Vaccination in Bombay 1863-1868 - 1863-1868
Year: 1863
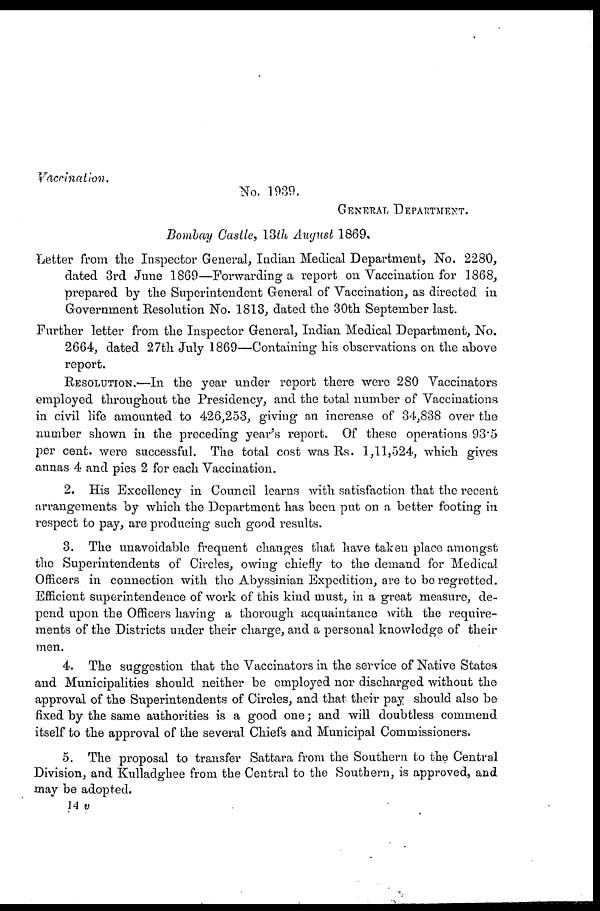
Vaccination.
No. 1939.
GENERAL DEPARTMENT.
Bombay Castle, 13th August 1869.
Letter from the Inspector General, Indian Medical Department, No. 2280,
dated 3rd June 1869—Forwarding a report on Vaccination for 1868,
prepared by the Superintendent General of Vaccination, as directed in
Government Resolution No. 1813, dated the 30th September last.
Further letter from the Inspector General, Indian Medical Department, No.
2664, dated 27th July 1869—Containing his observations on the above
report.
RESOLUTION.—In the year under report there were 280 Vaccinators
employed throughout the Presidency, and the total number of Vaccinations
in civil life amounted to 426,253, giving an increase of 34,838 over the
number shown in the preceding year's report. Of these operations 93.5
per cent. were successful. The total cost was Rs. 1,11,524, which gives
annas 4 and pies 2 for each Vaccination.
2. His Excellency in Council learns with satisfaction that the recent
arrangements by which the Department has been put on a better footing in
respect to pay, are producing such good results.
3. The unavoidable frequent changes that have taken place amongst
the Superintendents of Circles, owing chiefly to the demand for Medical
Officers in connection with the Abyssinian Expedition, are to be regretted.
Efficient superintendence of work of this kind must, in a great measure, de-
pend upon the Officers having a thorough acquaintance with the require-
ments of the Districts under their charge, and a personal knowledge of their
men.
4. The suggestion that the Vaccinators in the service of Native States
and Municipalities should neither be employed nor discharged without the
approval of the Superintendents of Circles, and that their pay should also be
fixed by the same authorities is a good one; and will doubtless commend
itself to the approval of the several Chiefs and Municipal Commissioners.
5. The proposal to transfer Sattara from the Southern to the Central
Division, and Kulladghee from the Central to the Southern, is approved, and
may be adopted.
14 v